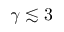
\gamma \lesssim 3